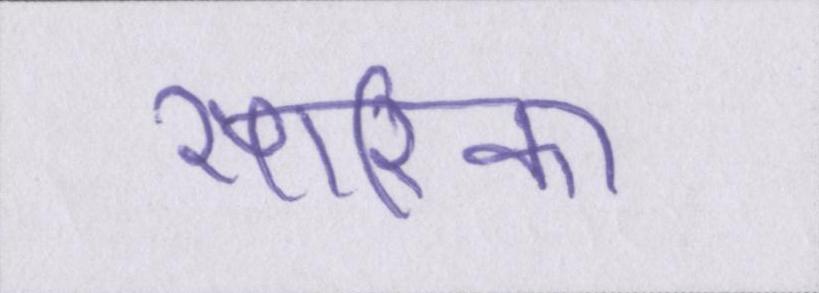
सारिका